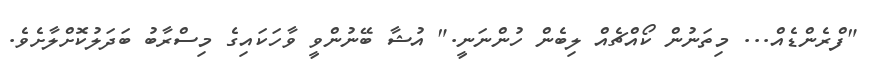
"ފްރެންޑެއް... މިތަނުން ކޯއްޗެއް ލިބެން ހުންނަނީ." އުޝާ ބޭނުންވީ ވާހަކައިގެ މިސްރާބު ބަދަލުކޮށްލާށެވެ.